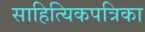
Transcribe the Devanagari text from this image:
साहित्यिकपत्रिका